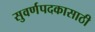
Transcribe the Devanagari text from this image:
सुवर्णपदकासाठी